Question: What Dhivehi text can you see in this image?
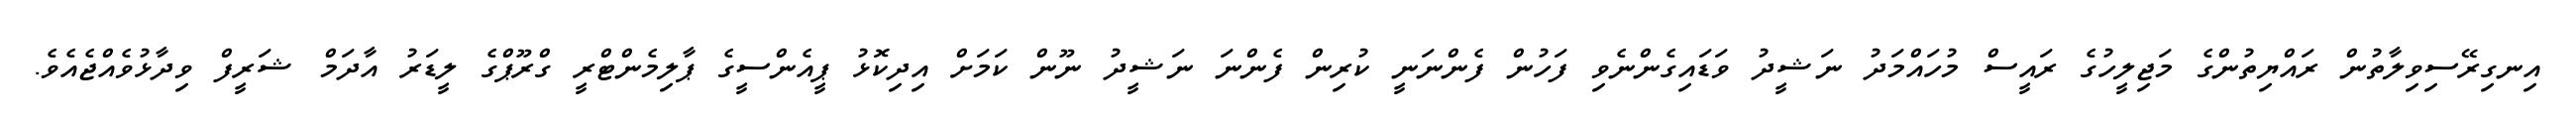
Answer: އިނގިރޭސިވިލާތުން ރައްޔިތުންގެ މަޖިލީހުގެ ރައީސް މުހައްމަދު ނަޝީދު ވަޑައިގެންނެވި ފަހުން ފެންނަނީ ކުރިން ފެންނަ ނަޝީދު ނޫން ކަމަށް އިދިކޮޅު ޕީއެންސީގެ ޕާލިމެންޓްރީ ގްރޫޕްގެ ލީޑަރު އާދަމް ޝަރީފް ވިދާޅުވެއްޖެއެވެ.